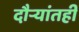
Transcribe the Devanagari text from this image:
दौऱ्यांतही